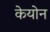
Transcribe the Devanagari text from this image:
केयोन